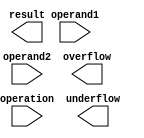
module DoublePrecisionFloatUnit (
    input wire [63:0] operand1,
    input wire [63:0] operand2,
    input wire [2:0] operation,
    output wire [63:0] result,
    output wire overflow,
    output wire underflow
);

// Define sub-modules for addition, subtraction, multiplication, and division
// Include necessary control signals and data paths for communication between modules

// Code to handle overflow and underflow conditions
// Ensure accurate results for all possible input combinations

// Implementation of arithmetic operations based on the operation input

endmodule